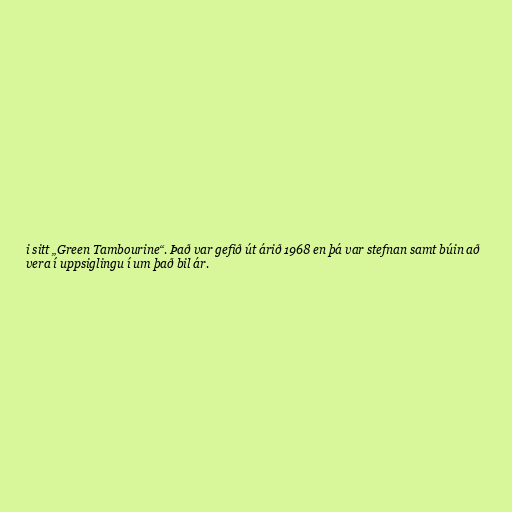
i sitt „Green Tambourine“. Það var gefið út árið 1968 en þá var stefnan samt búin að
vera í uppsiglingu í um það bil ár.